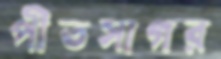
পীতসাগর